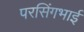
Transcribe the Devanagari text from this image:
परसिंगभाई